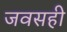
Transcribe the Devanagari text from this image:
जवसही